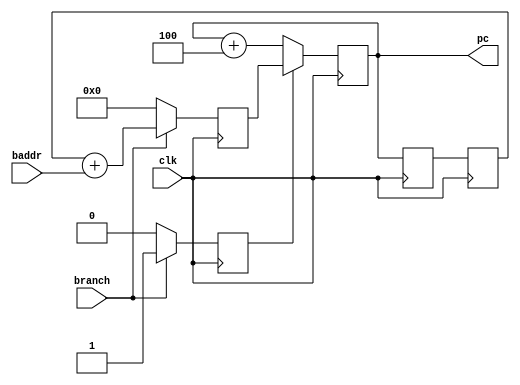
module pc_6(
		input				clk,
		output		[31:0]	pc,
		input				branch,
		input		[31:0]	baddr);  
	reg 	branch3 = 1'b0;
	reg	[31:0]	pc0 = 32'd0;
	reg	[31:0]	pc1 = 32'd0;
	reg	[31:0]	pc2 = 32'd0;
	reg	[31:0]	pc3 = 32'd0;
	assign pc = pc0;
	always @(posedge clk) begin
		if (branch3)
			pc0 <= pc3;		
		else
			pc0 <= pc0 + 4;	
		pc1 <= pc0;
		pc2 <= pc1;
		pc3		<= 32'd0;	
		branch3 <= 1'b0;  	
		if (branch) begin
			pc3 <= pc2 + baddr;
			branch3 <= 1'b1;  
		end
	end
endmodule